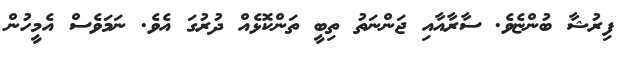
ފިރުޝާ ބުންޏެވެ. ސާރާއާއި ޖަންނަތު ތިބީ ތަންކޮޅެއް ދުރުގަ އެވެ. ނަމަވެސް އެމީހުން